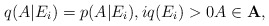
\begin{align*}q(A|E_i)=p(A|E_i), i q(E_i)>0 A\in {\bf A},\end{align*}